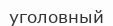
уголовный